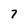
Character: 7